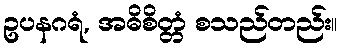
ဥပနဂရံ, အဓိစိတ္တံ စသည်တည်း။